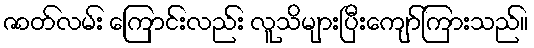
ဇာတ်လမ်း ကြောင်းလည်း လူသိများပြီးကျော်ကြားသည်။